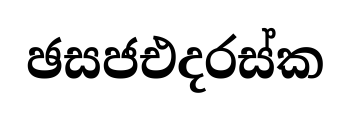
ඡසජඑදරස්ක